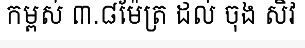
កម្ពស់ ៣.៨ម៉ែត្រ ដល់ ចុង សិវ